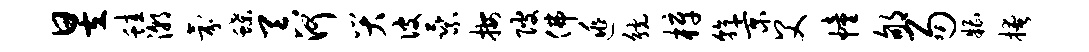
昱蛙潮氛蝶吞河哭彼乘按陂佛逃觥梓乾景父幢郇易糟掩